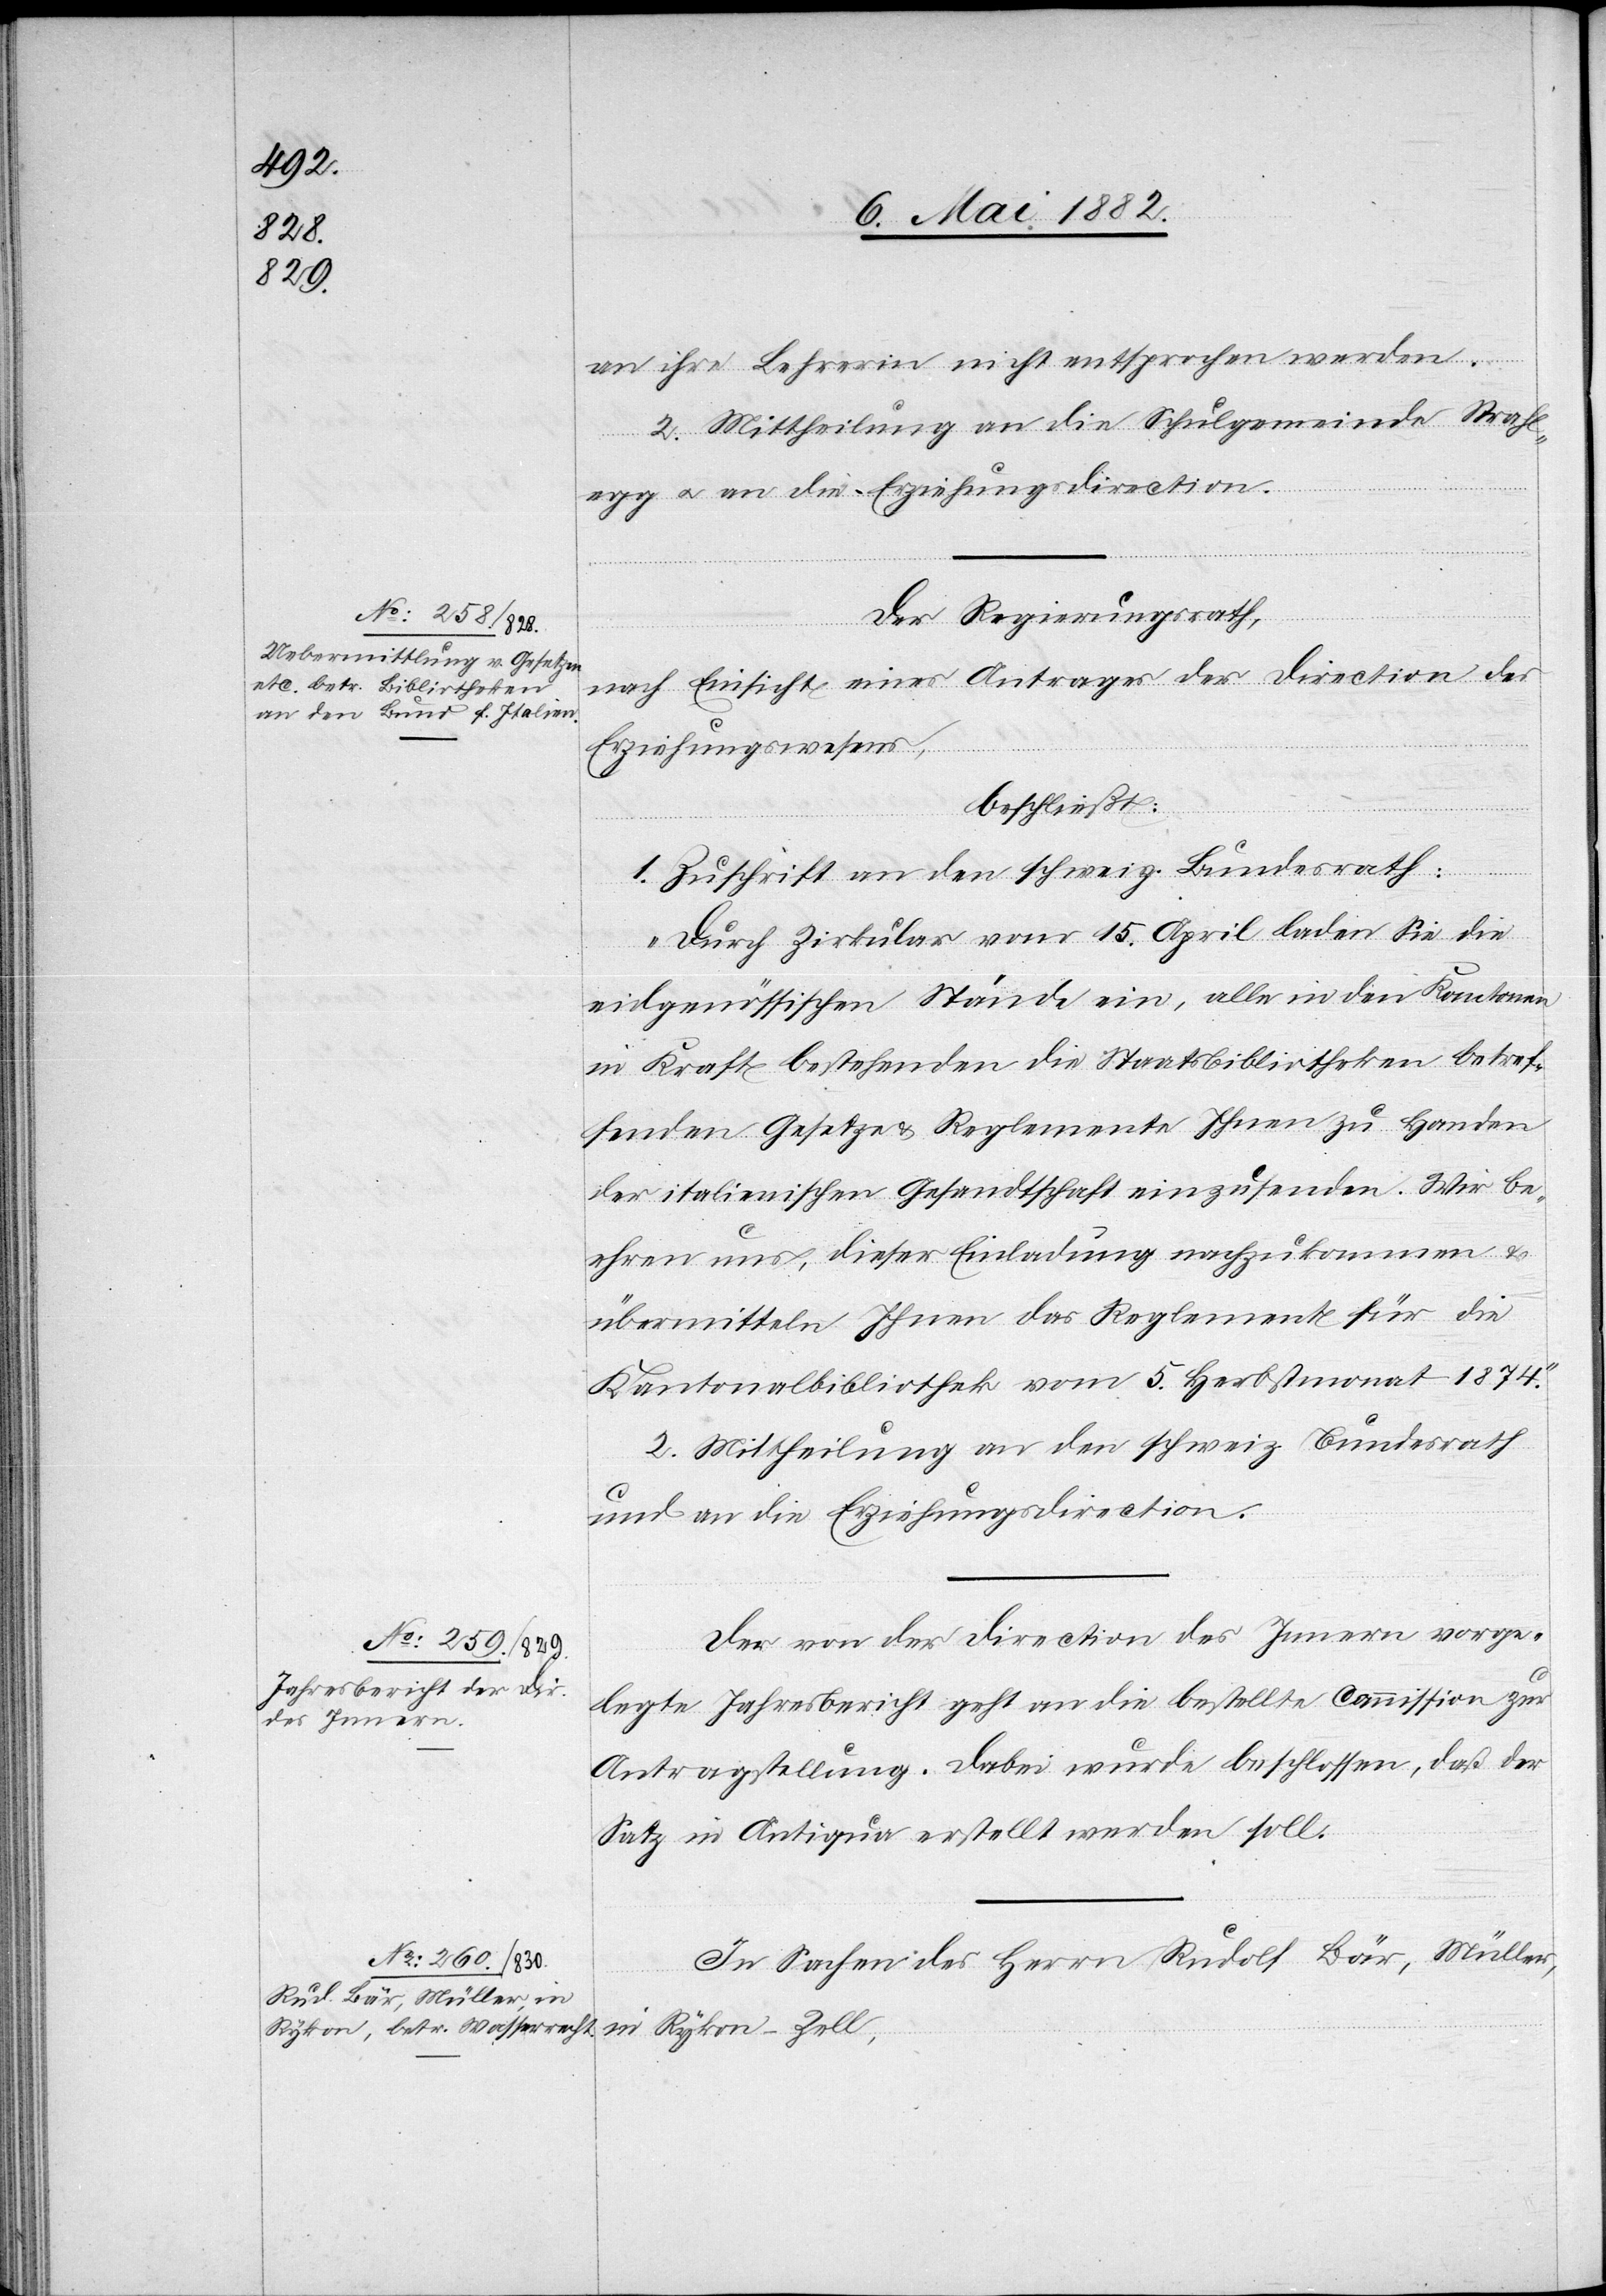
an ihre Lehrerin nicht entsprochen werden.
2. Mittheilung an die Schulgemeinde Strahl¬
egg u. an die Erziehungsdirection.
Der Regierungsrath,
nach Einsicht eines Antrages der Direction des
Erziehungswesens,
beschließt:
1. Zuschrift an den schweiz. Bundesrath:
„Durch Zirkular vom 15. April laden Sie die
eidgenössischen Stände ein, alle in den Kantonen
in Kraft bestehenden die Staatsbibliotheken betref¬
fenden Gesetze & Reglemente Ihnen zu Handen
der italienischen Gesandtschaft einzusenden. Wir be¬
ehren uns, dieser Einladung nachzukommen u.
übermitteln Ihnen das Reglement für die
Kantonalbibliothek vom 5. Herbstmonat 1874.“
2. Mittheilung an den schweiz. Bundesrath
und an die Erziehungsdirection.
Der von der Direction des Innern vorge¬
legte Jahresbericht geht an die bestellte Commission zur
Antragstellung. Dabei wurde beschlossen, daß der
Satz in Antiqua erstellt werden soll.
In Sachen des Herrn Rudolf Bär, Müller,
in Rykon - Zell,